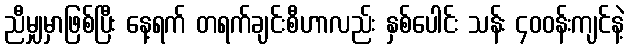
ညီမျှမှာဖြစ်ပြီး နေ့ရက် တရက်ချင်းစီဟာလည်း နှစ်ပေါင်း သန်း ၄၀၀န်းကျင်နဲ့